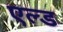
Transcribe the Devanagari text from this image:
एल्ड